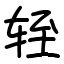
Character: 轾